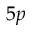
5 p